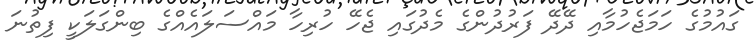
ގައުމުގެ ހަމަޖެހުމާއި ދޭދޭ ފަރުދުންގެ މެދުގައި ޖެހޭ ހުރިހާ މައްސަލައެއްގެ ބިންގަލަކީ ފިތުނަ